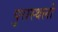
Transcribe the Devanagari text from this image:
पुरास्थलों